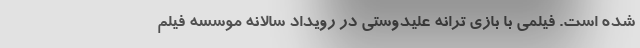
شده است. فیلمی با بازی ترانه علیدوستی در رویداد سالانه موسسه فیلم